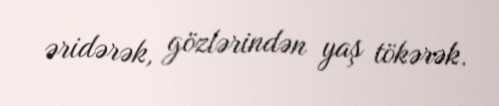
əridərək, gözlərindən yaş tökərək.